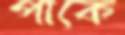
পাকে